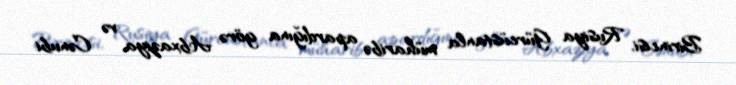
Birincisi, Rusiya Gürcüstanla müharibə apardığına görə Abxaziya və Cənubi